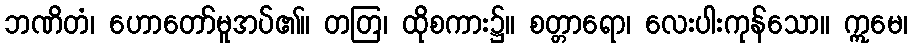
ဘဏိတံ၊ ဟောတော်မူအပ်၏။ တတြ၊ ထိုစကား၌။ စတ္တာရော၊ လေးပါးကုန်သော။ ဣမေ၊